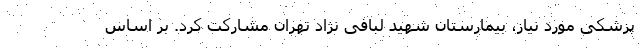
پزشکی مورد نیاز، بیمارستان شهید لبافی نژاد تهران مشارکت کرد. بر اساس